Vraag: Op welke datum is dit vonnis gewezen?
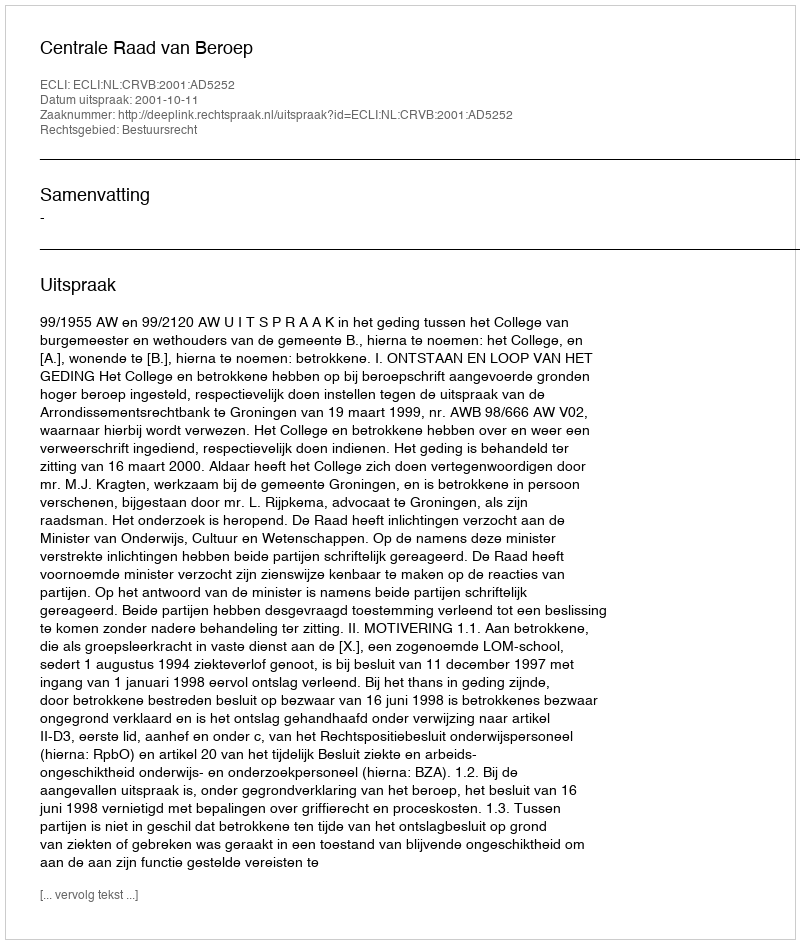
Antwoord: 2001-10-11